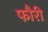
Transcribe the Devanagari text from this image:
फौरी